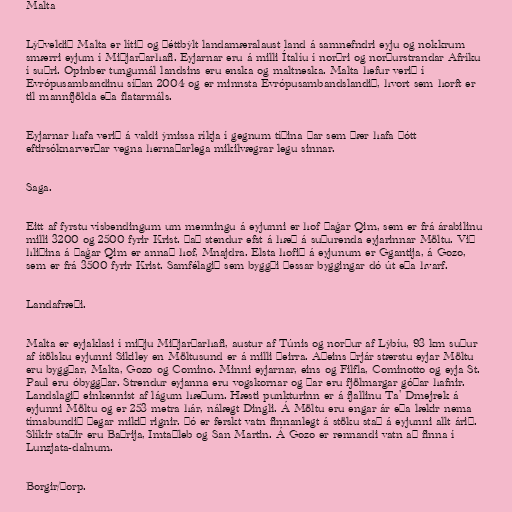
Malta

Lýðveldið Malta er lítið og þéttbýlt landamæralaust land á samnefndri eyju og nokkrum
smærri eyjum í Miðjarðarhafi. Eyjarnar eru á milli Ítalíu í norðri og norðurstrandar Afríku
í suðri. Opinber tungumál landsins eru enska og maltneska. Malta hefur verið í
Evrópusambandinu síðan 2004 og er minnsta Evrópusambandslandið, hvort sem horft er
til mannfjölda eða flatarmáls.

Eyjarnar hafa verið á valdi ýmissa ríkja í gegnum tíðina þar sem þær hafa þótt
eftirsóknarverðar vegna hernaðarlega mikilvægrar legu sinnar.

Saga.

Eitt af fyrstu vísbendingum um menningu á eyjunni er hof Ħaġar Qim, sem er frá árabilinu
milli 3200 og 2500 fyrir Krist. Það stendur efst á hæð á suðurenda eyjarinnar Möltu. Við
hliðina á Ħaġar Qim er annað hof, Mnajdra. Elsta hofið á eyjunum er Ggantija, á Gozo,
sem er frá 3500 fyrir Krist. Samfélagið sem byggði þessar byggingar dó út eða hvarf.

Landafræði.

Malta er eyjaklasi í miðju Miðjarðarhafi, austur af Túnis og norður af Lýbíu, 93 km suður
af ítölsku eyjunni Sikiley en Möltusund er á milli þeirra. Aðeins þrjár stærstu eyjar Möltu
eru byggðar, Malta, Gozo og Comino. Minni eyjarnar, eins og Filfla, Cominotto og eyja St.
Paul eru óbyggðar. Strendur eyjanna eru vogskornar og þar eru fjölmargar góðar hafnir.
Landslagið einkennist af lágum hæðum. Hæsti punkturinn er á fjallinu Ta' Dmejrek á
eyjunni Möltu og er 253 metra hár, nálægt Dingli. Á Möltu eru engar ár eða lækir nema
tímabundið þegar mikið rignir. Þó er ferskt vatn finnanlegt á stöku stað á eyjunni allt árið.
Slíkir staðir eru Baħrija, Imtaħleb og San Martin. Á Gozo er rennandi vatn að finna í
Lunzjata-dalnum.

Borgir/Þorp.